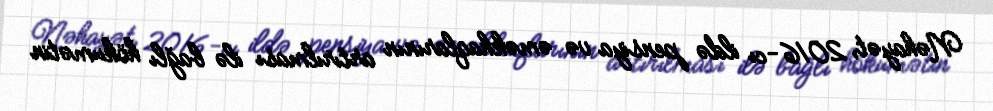
Nəhayət, 2016-cı ildə pensiya və əməkhaqlarının artırılması ilə bağlı hökumətin